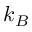
k _ { B }